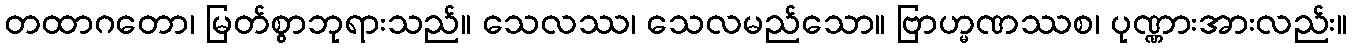
တထာဂတော၊ မြတ်စွာဘုရားသည်။ သေလဿ၊ သေလမည်သော။ ဗြာဟ္မဏဿစ၊ ပုဏ္ဏားအားလည်း။